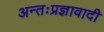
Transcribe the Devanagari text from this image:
अन्तःप्रज्ञावादी